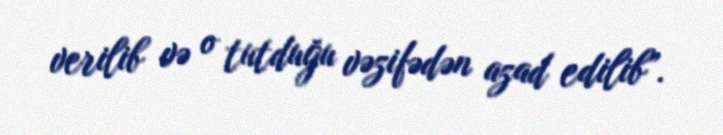
verilib və o tutduğu vəzifədən azad edilib”.